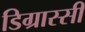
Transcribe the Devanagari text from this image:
डिग्रास्सी